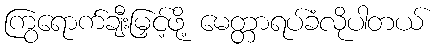
ကြွရောက်ချီးမြှင့်ဖို့ မေတ္တာရပ်ခံလိုပါတယ်